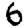
Digit: 6